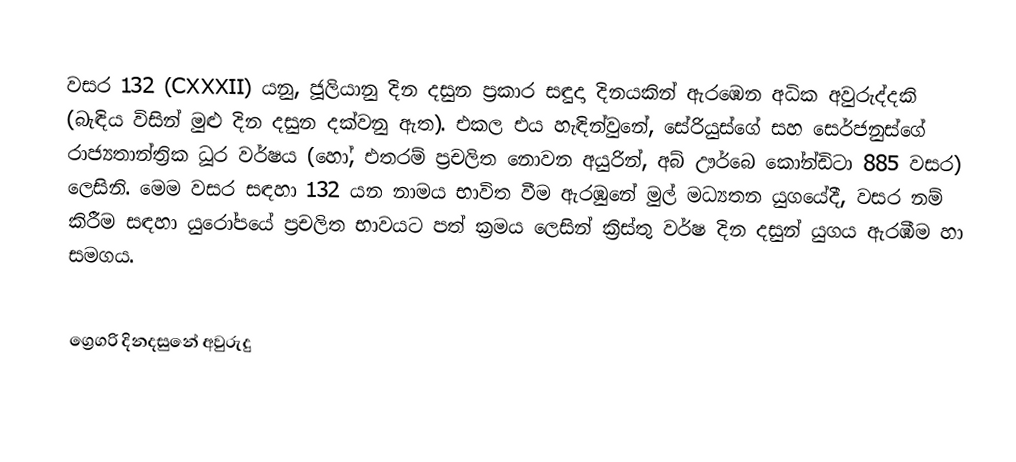

වසර 132 (CXXXII) යනු,  ජූලියානු දින දසුන ප්‍රකාර   සඳුදා දිනයකින් ඇරඹෙන අධික අවුරුද්දකි  (බැඳිය විසින් මුළු දින දසුන දක්වනු ඇත). එකල එය හැඳින්වුනේ, සේරියුස්ගේ සහ සෙර්ජනුස්ගේ රාජ්‍යතාන්ත්‍රික  ධූර වර්ෂය (හෝ, එතරම් ප්‍රචලිත නොවන අයුරින්,  අබ් ඌර්බෙ කෝන්ඩිටා  885 වසර) ලෙසිනි.  මෙම වසර සඳහා 132 යන නාමය භාවිත වීම ඇරඹුනේ මුල් මධ්‍යතන යුගයේදී, වසර නම් කිරීම සඳහා යුරෝපයේ ප්‍රචලිත භාවයට පත් ක්‍රමය ලෙසින් ක්‍රිස්තු වර්ෂ දින දසුන් යුගය ඇරඹීම හා සමගය.

ග්‍රෙගරි දිනදසුනේ අවුරුදු